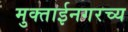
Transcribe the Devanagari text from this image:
मुक्ताईनगरच्य